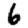
Digit: 6